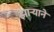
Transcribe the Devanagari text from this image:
झाऱ्याने